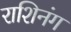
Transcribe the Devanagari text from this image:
राशिनंग